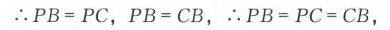
\(\therefore PB = PC\)，\(PB = CB\)，\(\therefore PB = PC = CB\)，